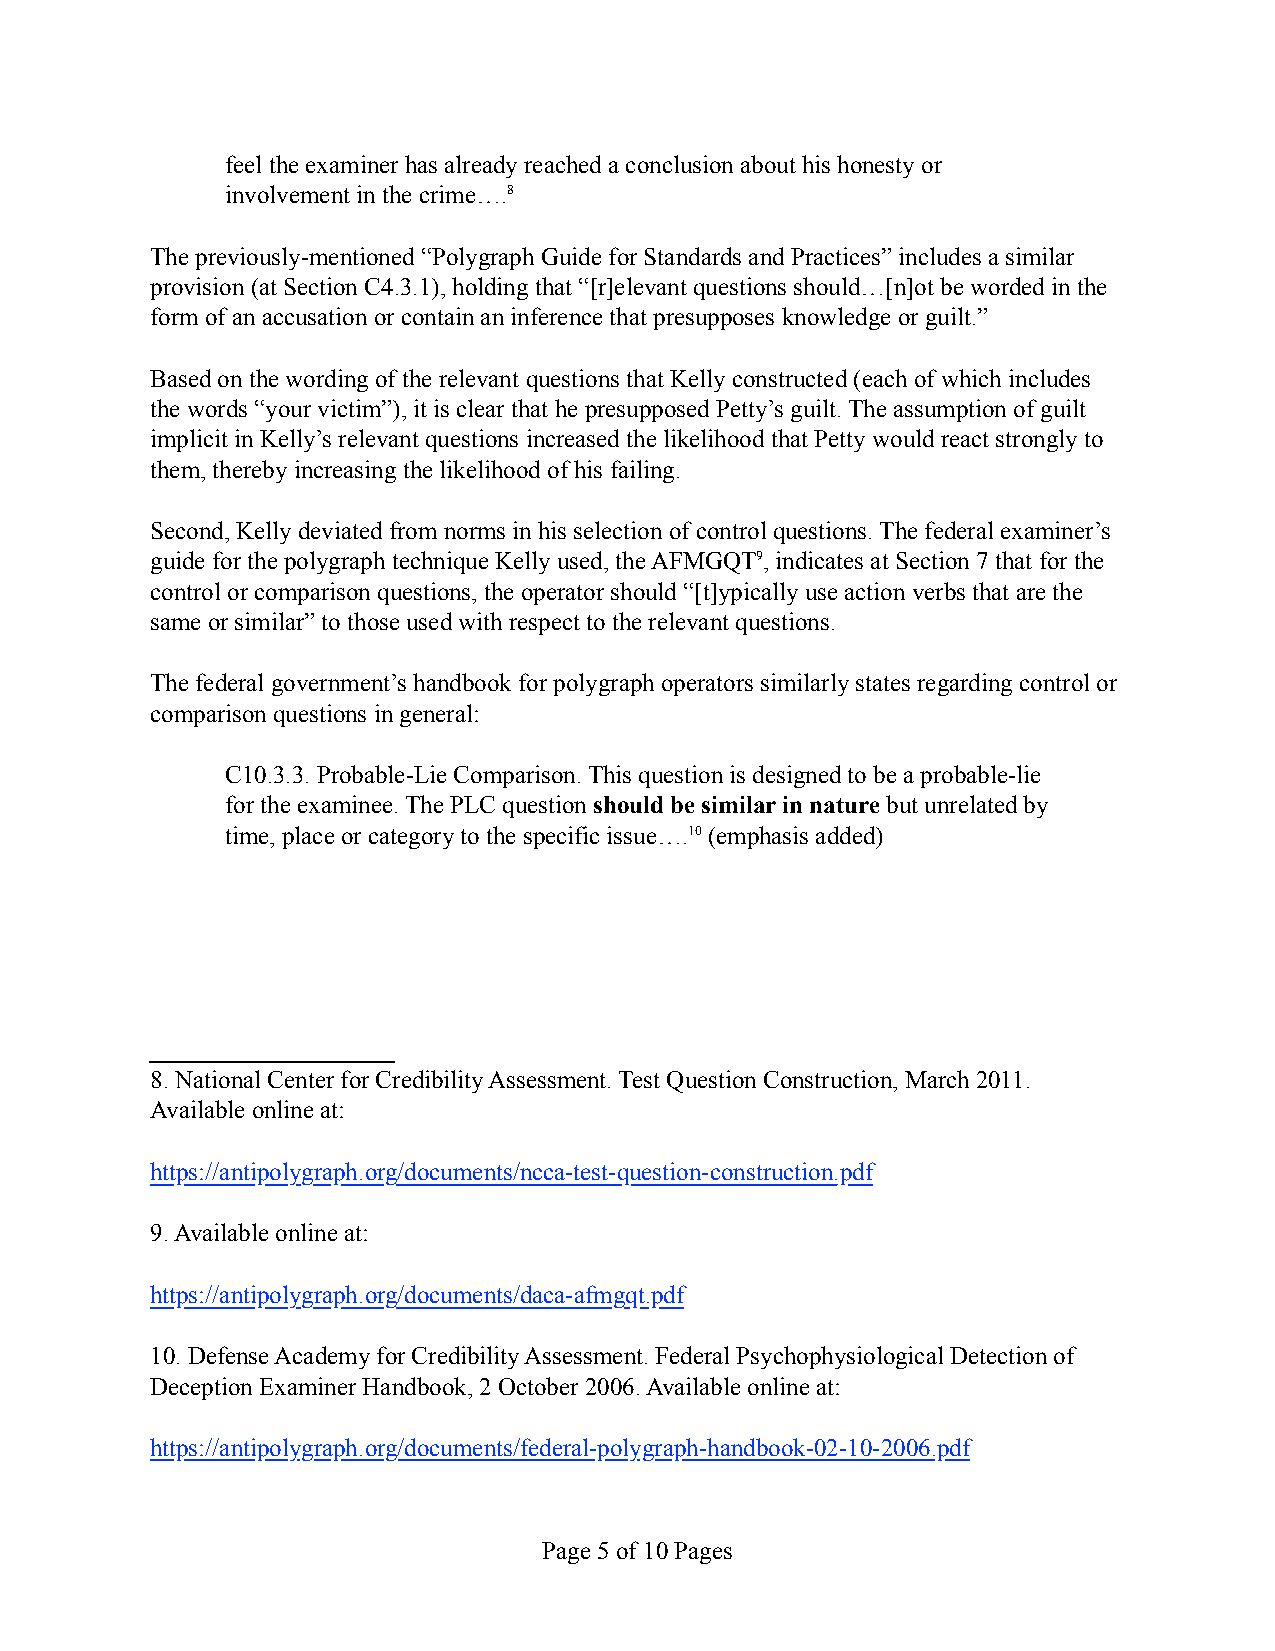
feel the examiner has already reached a conclusion about his honesty or
 involvement in the crime….8
 The previously-mentioned “Polygraph Guide for Standards and Practices” includes a similar
 provision (at Section C4.3.1), holding that “[r]elevant questions should…[n]ot be worded in the
 form of an accusation or contain an inference that presupposes knowledge or guilt.”
 Based on the wording of the relevant questions that Kelly constructed (each of which includes
 the words “your victim”), it is clear that he presupposed Petty’s guilt. The assumption of guilt
 implicit in Kelly’s relevant questions increased the likelihood that Petty would react strongly to
 them, thereby increasing the likelihood of his failing.
 Second, Kelly deviated from norms in his selection of control questions. The federal examiner’s
 guide for the polygraph technique Kelly used, the AFMGQT9, indicates at Section 7 that for the
 control or comparison questions, the operator should “[t]ypically use action verbs that are the
 same or similar” to those used with respect to the relevant questions.
 The federal government’s handbook for polygraph operators similarly states regarding control or
 comparison questions in general:
 C10.3.3. Probable-Lie Comparison. This question is designed to be a probable-lie
 for the examinee. The PLC question should be similar in nature but unrelated by
 time, place or category to the specific issue….10 (emphasis added)
 8. National Center for Credibility Assessment. Test Question Construction, March 2011.
 Available online at:
 https://antipolygraph.org/documents/ncca-test-question-construction.pdf
 9. Available online at:
 https://antipolygraph.org/documents/daca-afmgqt.pdf
 10. Defense Academy for Credibility Assessment. Federal Psychophysiological Detection of
 Deception Examiner Handbook, 2 October 2006. Available online at:
 https://antipolygraph.org/documents/federal-polygraph-handbook-02-10-2006.pdf
 Page 5 of 10 Pages